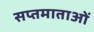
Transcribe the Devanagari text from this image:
सप्तमाताओं